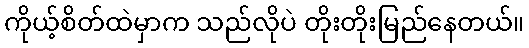
ကိုယ့်စိတ်ထဲမှာက သည်လိုပဲ တိုးတိုးမြည်နေတယ်။